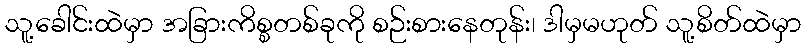
သူ့ခေါင်းထဲမှာ အခြားကိစ္စတစ်ခုကို စဉ်းစားနေတုန်း၊ ဒါမှမဟုတ် သူ့စိတ်ထဲမှာ